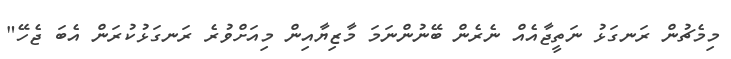
މިމެޗުން ރަނގަޅު ނަތީޖާއެއް ނެރެން ބޭނުންނަމަ މާޒިޔާއިން މިއަށްވުރެ ރަނގަޅުކުރަން އެބަ ޖެހޭ"